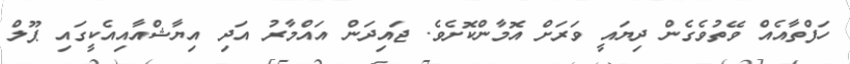
ހަފްތާއެއް ވޭތުވެގެން ދިޔައީ ވަރަށް އޮމާންކޮށެވެ. ޖައިދަން އައްމާރު އަދި އިޔާޝްއާއިއެކީގައި ޕޫލް